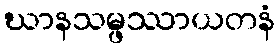
ဃာနသမ္ဖဿာယတနံ